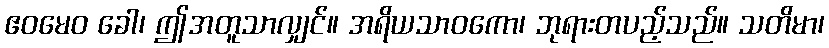
ဧဝမေဝ ခေါ၊ ဤအတူသာလျှင်။ အရိယသာဝကော၊ ဘုရားတပည့်သည်။ သတိမာ၊